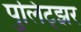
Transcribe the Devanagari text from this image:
पुलिट्झर